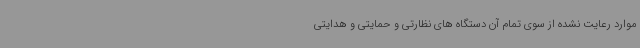
موارد رعایت نشده از سوی تمام آن دستگاه های نظارتی و حمایتی و هدایتی